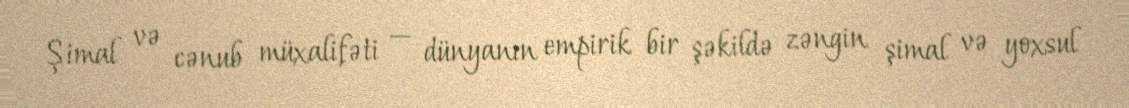
Şimal və cənub müxalifəti — dünyanın empirik bir şəkildə zəngin şimal və yoxsul